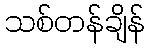
သစ်တန်ချိန်